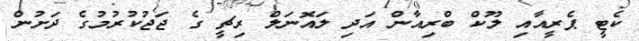
ކެޓީ ޕެރީއާއި ލޫކް ބްރިއާން އަދި ލައޮނަލް ރިޗީ ގެ ޖަޖުކުރުމުގެ ދަށުން